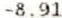
-8.91